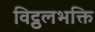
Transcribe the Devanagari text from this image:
विट्ठलभक्ति